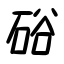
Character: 硲